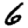
Digit: 6